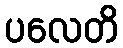
ပလေတိ